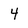
Character: 4